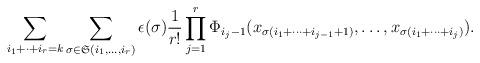
LaTeX: \begin{align*} \sum_{i_1 +\cdot+i_r =k}\sum_{\sigma\in \mathfrak{S}(i_1,\ldots,i_r )}\epsilon(\sigma)\frac{1}{r!}\prod_{j=1}^r\Phi_{i_j-1}(x_{\sigma(i_{1}+\cdots+i_{j-1}+1)},\ldots, x_{\sigma(i_{1}+\cdots+i_j)}).\end{align*}